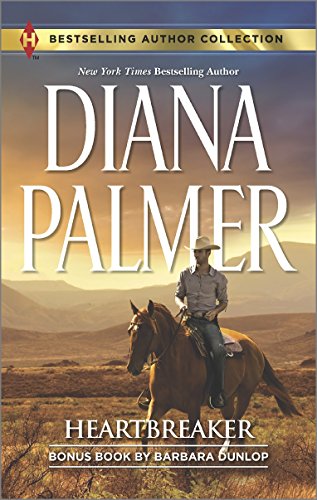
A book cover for Heartbreaker: In Bed with the Wrangler (Bestselling Author Collection); Diana Palmer; Romance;